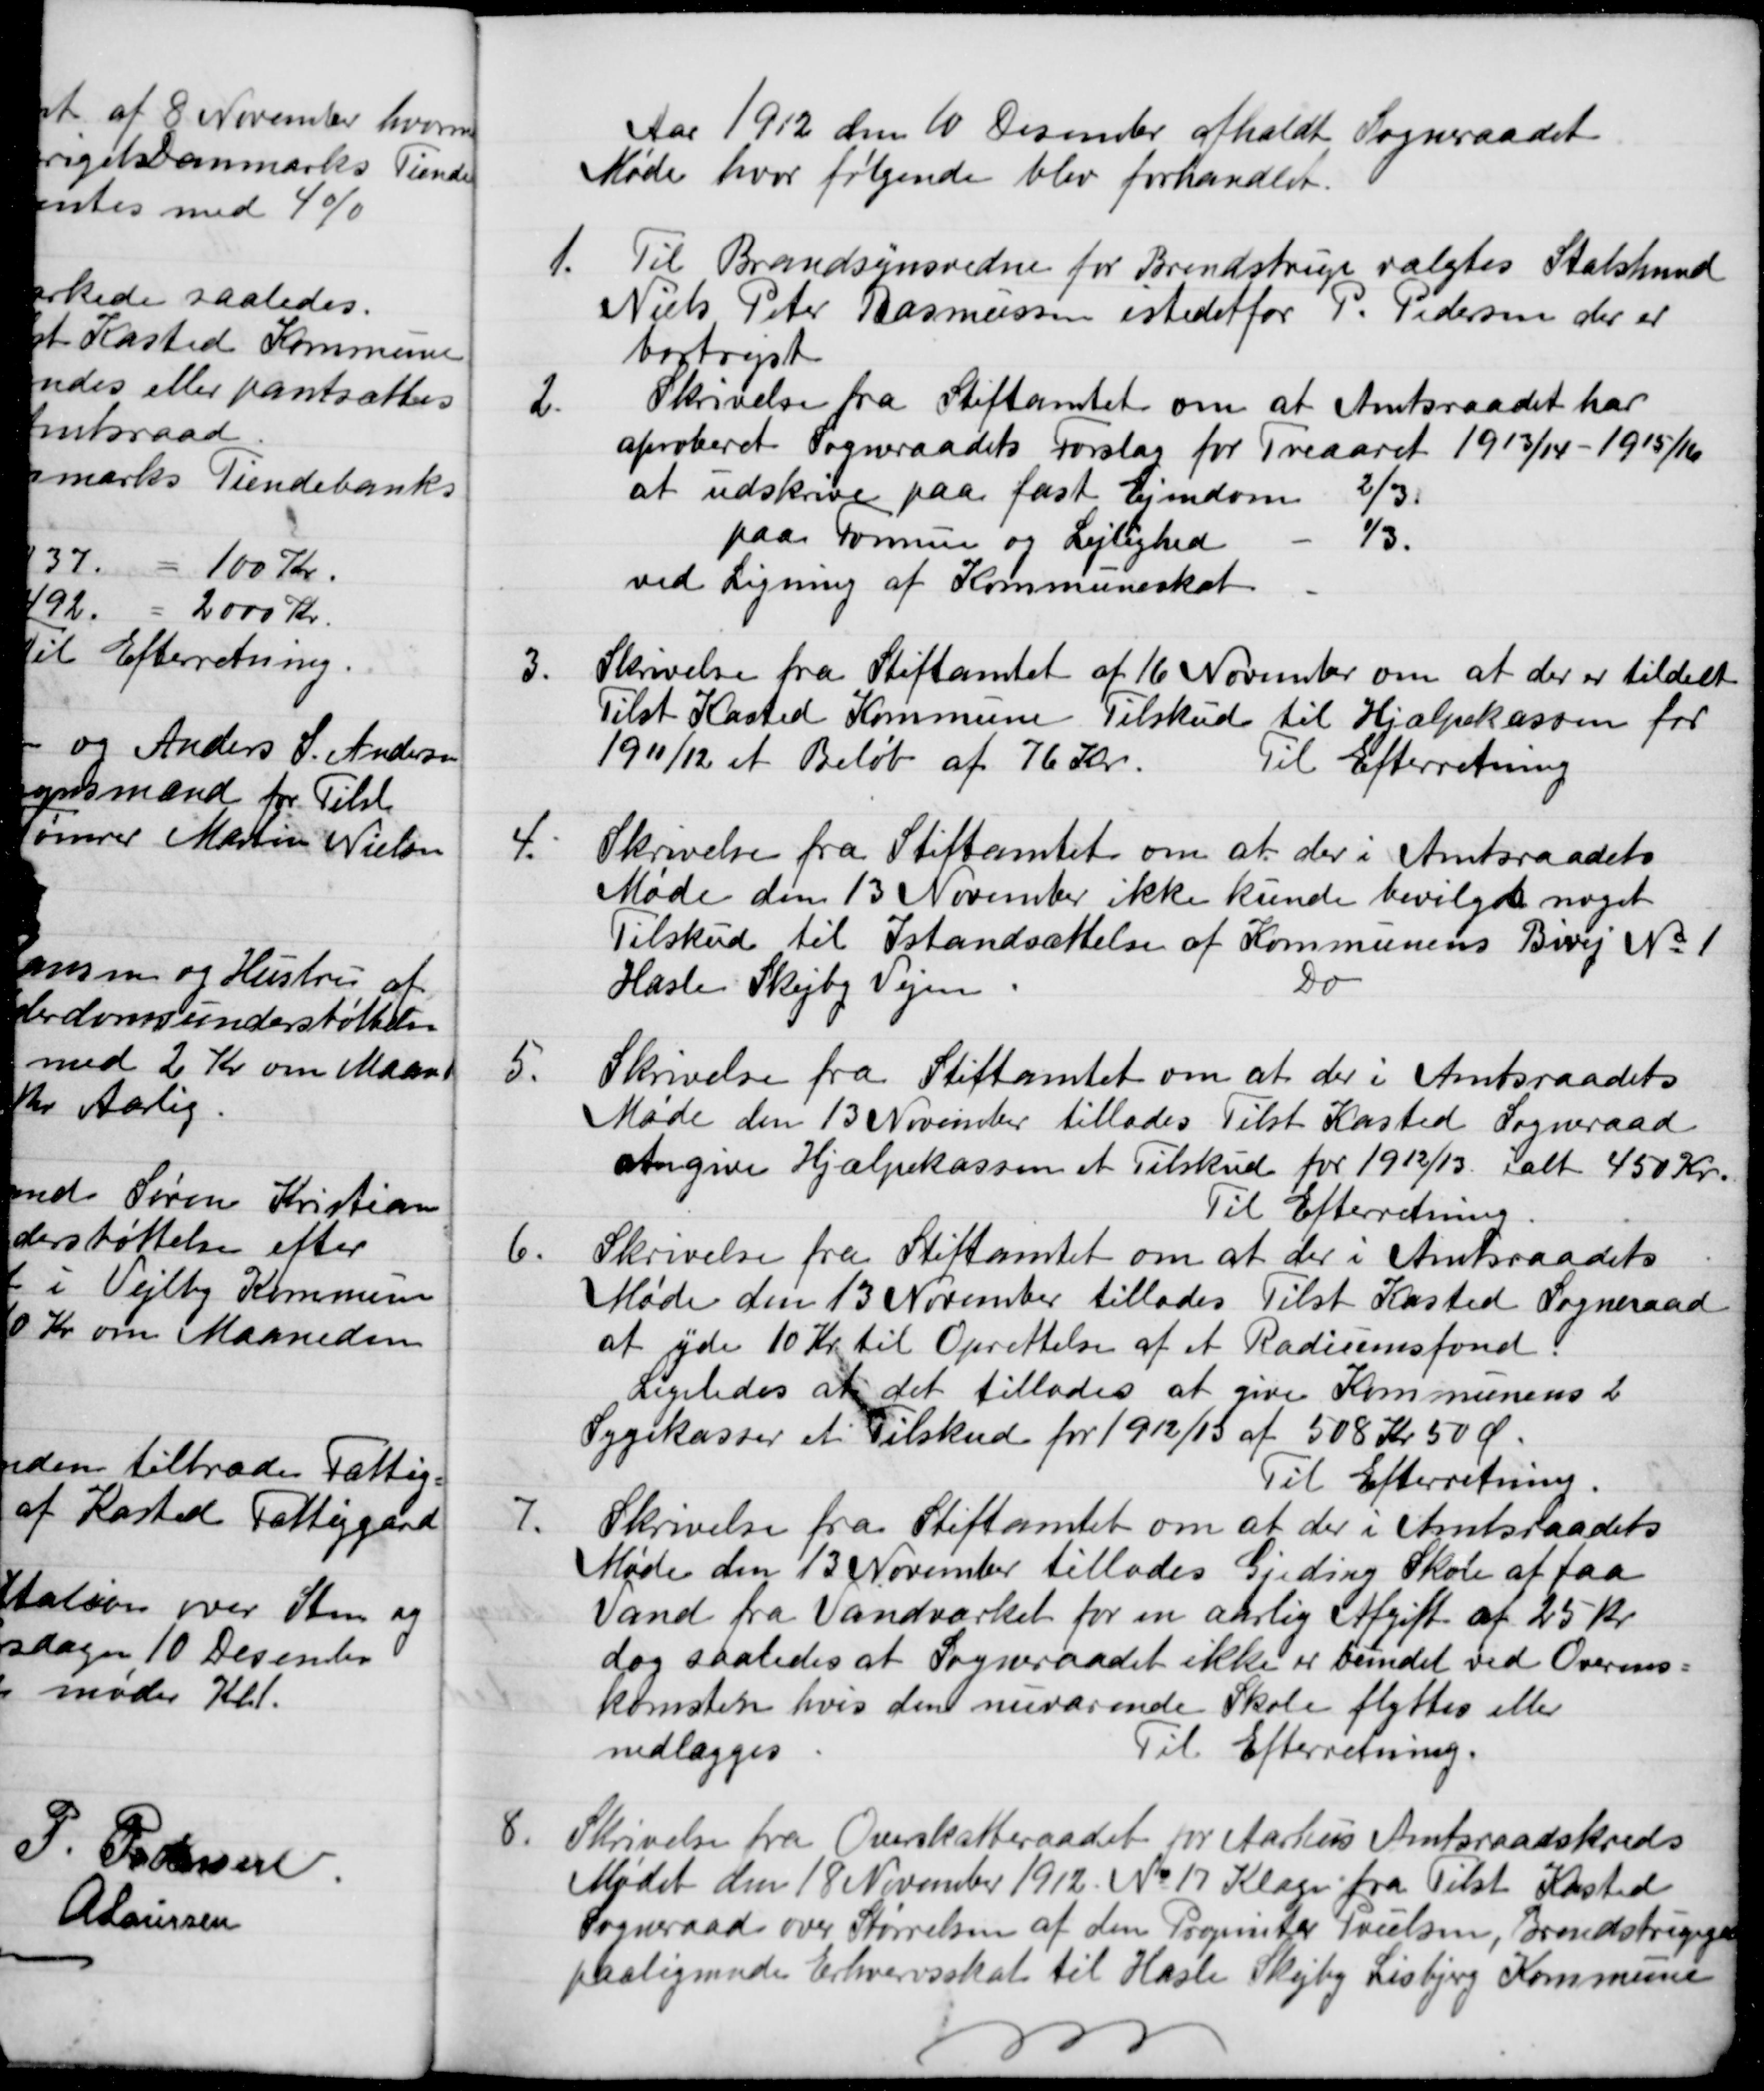
Transskription:
Aar 1912 den 10 December afholdt Sogneraadet
Møde hvor følgende blev forhandlet.
1.
Til Brandsynsvidne for Brendstrup valgtes Statshusmnd
Niels Peter Rasmussen istedetfor P. Pedersen der er
bortrejst
2.
Skrivelse fra Stiftamtet om at Amtsraadet har
aproberet Sogneraadets Forslag for Treaaret 1913/14 - 1915/16
at udskrive paa fast Ejendom
2/3
paa Formue og Lejlighed
1/3.
ved Ligning af Kommuneskat
3.
Skrivelse fra Stiftamtet af 16 November om at der er tildelt
Tilst Kasted Kommune Tilskud til Hjælpekassen for
1911/12 et Beløb af 76 Kr.
Til Efterretning
4.
Skrivelse fra Stiftamtet om at der i Amtsraadets
Møde den 13 November ikke kunde bevilgede noget
Tilskud til Istandsættelse af Kommunens Bivej No 1
Haslev Skejby Vejen
Do
5.
Skrivelse fra Stiftamtet om at der i Amtsraadets
Møde den 13 November tillades Tilst Kasted Sogneraad
Angive Hjælpekassen et Tilskud for 1912/13 i alt 450 Kr.
Til Efterretning.
6.
Skrivelse fra Stiftamtet om at der i Amtsraadets
Møde den 13 November tillades Tilst Kasted Sogneraad
at yde 10 Kr. til Oprettelse af et Radiumsfond
Ligeledes at det tillades at give Kommunens 2
Sygekasser et Tilskud for 1912/13 af 508 Kr 50 Ø.
Til Efterretning
7.
Skrivelse fra Stiftamtet om at der i Amtsraadets
Møde den 13 November tillades Gjeding Skole af faa
Vand fra Vandværket for en aarlig Afgift af 25 Kr.
dog saaledes at Sogneraadet ikke er bundet ved Overens-
komsten hvis den nuværende Skole flyttes eller
nedlægges
Til Efterretning.
8.
Skrivelse fra Overskatteraadet for Aarhus Amtsraadskreds
Mødet den 18 November 1912. No 17 Klage fra Tilst Kasted
Sogneraad over Størrelsen af den Proprietær Poulsen, Brendstrupgaard
paalignende Erhvervsskat til Hasle Skejby Lisbjerg Kommune